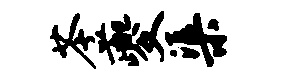
苓夔渠